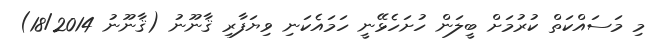
މި މަސައްކަތް ކުރުމަށް ބީލަން ހުށަހެޅޭނީ ހަމައެކަނި ވިޔަފާރި ޤާނޫނު (ޤާނޫނު 18/2014)